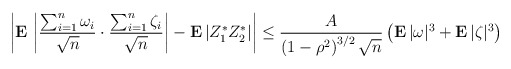
\begin{align*}\left| {\bf E\,}\left| \frac{\sum_{i=1}^{n}\omega _{i}}{\sqrt{n}}\cdot \frac{\sum_{i=1}^{n}\zeta _{i}}{\sqrt{n}}\right| -{\bf E\,}|Z_{1}^{*}Z_{2}^{*}|\right| \leq \frac{A}{\left( 1-\rho ^{2}\right) ^{3/2}\sqrt{n}}\left( {\bf E\,}|\omega |^{3}+{\bf E\,}|\zeta |^{3}\right) \end{align*}